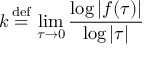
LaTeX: k \, { \stackrel { \mathrm { d e f } } { = } } \, \operatorname* { l i m } _ { \tau \to 0 } { \frac { \log | f ( \tau ) | } { \log | \tau | } }